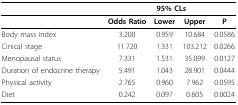
<table><thead><tr><td></td><td colspan="4"><b>95% CLs</b></td></tr></thead><tbody><tr><td></td><td><b>Odds Ratio</b></td><td><b>Lower</b></td><td><b>Upper</b></td><td><b>P</b></td></tr><tr><td>Body mass index</td><td>3.200</td><td>0.959</td><td>10.684</td><td>0.0586</td></tr><tr><td>Cinical stage</td><td>11.720</td><td>1.331</td><td>103.212</td><td>0.0266</td></tr><tr><td>Menopausal status</td><td>7.331</td><td>1.531</td><td>35.099</td><td>0.0127</td></tr><tr><td>Duration of endocrine therapy</td><td>5.491</td><td>1.043</td><td>28.901</td><td>0.0444</td></tr><tr><td>Physical activity</td><td>2.765</td><td>0.960</td><td>7.962</td><td>0.0595</td></tr><tr><td>Diet</td><td>0.242</td><td>0.097</td><td>0.605</td><td>0.0024</td></tr></tbody></table>